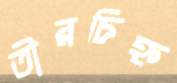
তীরচিহ্ন